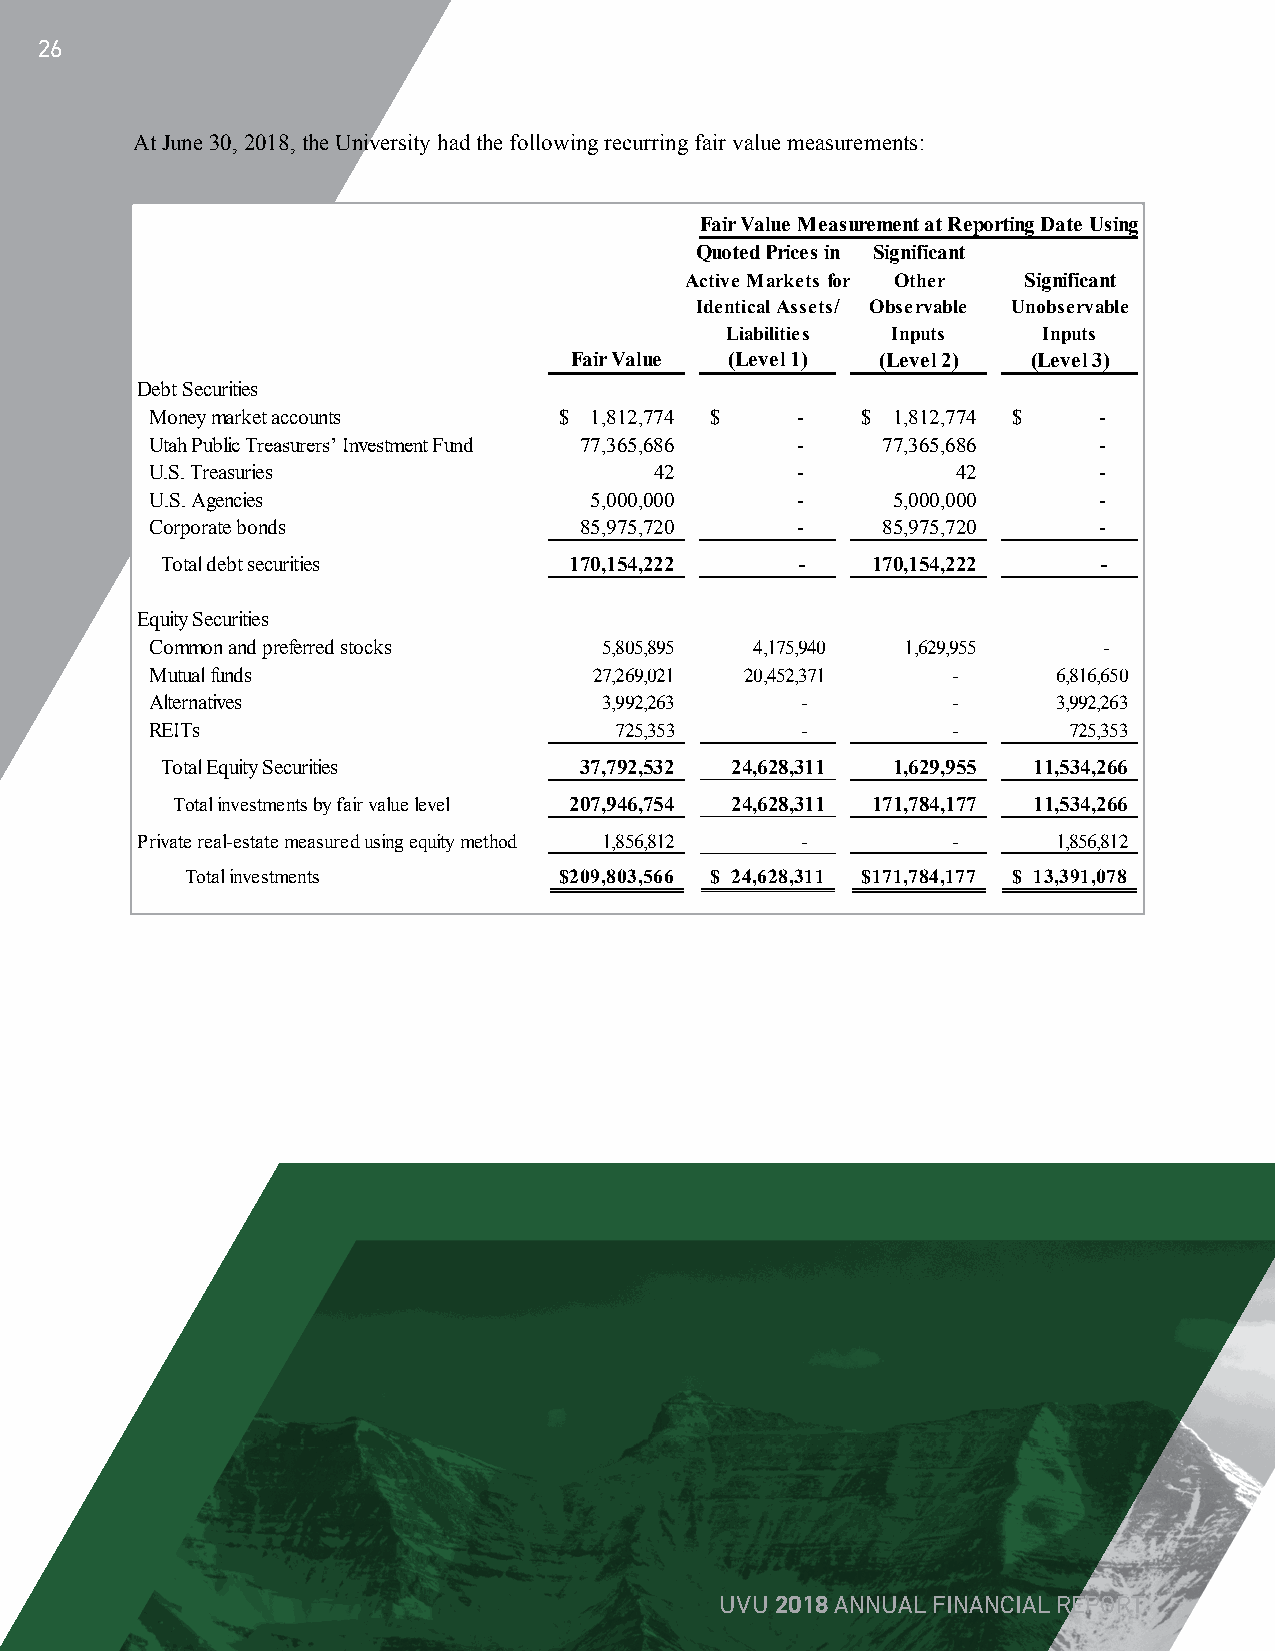
26
 AtJune 30, 2018, the University had the following recurring fair value measurements:
 Fair Value Measurement at Reporting Date Using
 Quoted Prices in Significant
 Active Markets for Other Significant
 Identical Assets/ Observable Unobservable
 Liabilities Inputs   Inputs
 Fair Value (Level 1) (Level 2) (Level 3)
 Debt Securities
 Money market accounts      $ 1,812,774 $   -   $ 1,812,774 $   -
 Utah Public Treasurers’ Investment Fund 77,365,686 - 77,365,686 -
 U.S. Treasuries                  42        -         42        -
 U.S. Agencies                5,000,000     -     5,000,000     -
 Corporate bonds             85,975,720     -    85,975,720     -
 Total debt securities      170,154,222    -    170,154,222    -
 Equity Securities
 Common and preferred stocks   5,805,895 4,175,940 1,629,955    -
 Mutual funds                 27,269,021 20,452,371   -      6,816,650
 Alternatives                  3,992,263    -         -      3,992,263
 REITs                          725,353     -         -       725,353
 Total Equity Securities    37,792,532 24,628,311 1,629,955 11,534,266
 Total investments by fair value level 207,946,754 24,628,311 171,784,177 11,534,266
 Private real-estate measured using equity method 1,856,812 - - 1,856,812
 Total investments        $2 09,803,566 $ 2 4,628,311 $1 71,784,177 $ 1 3,391,078
 UVU 2018 ANNUAL FINANCIAL REPORT
 25